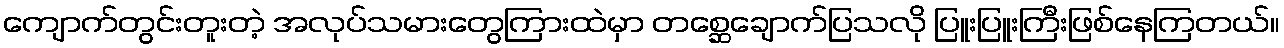
ကျောက်တွင်းတူးတဲ့ အလုပ်သမားတွေကြားထဲမှာ တစ္ဆေချောက်ပြသလို ပြူးပြူးကြီးဖြစ်နေကြတယ်။